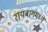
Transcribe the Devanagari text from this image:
रायबागमध्ये